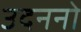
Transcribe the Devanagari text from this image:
उदननो